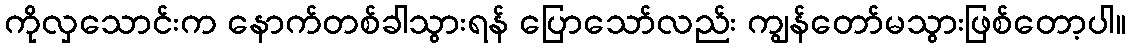
ကိုလှသောင်းက နောက်တစ်ခါသွားရန် ပြောသော်လည်း ကျွန်တော်မသွားဖြစ်တော့ပါ။